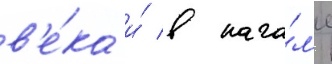
в'е́ка и́ в нача́л'е